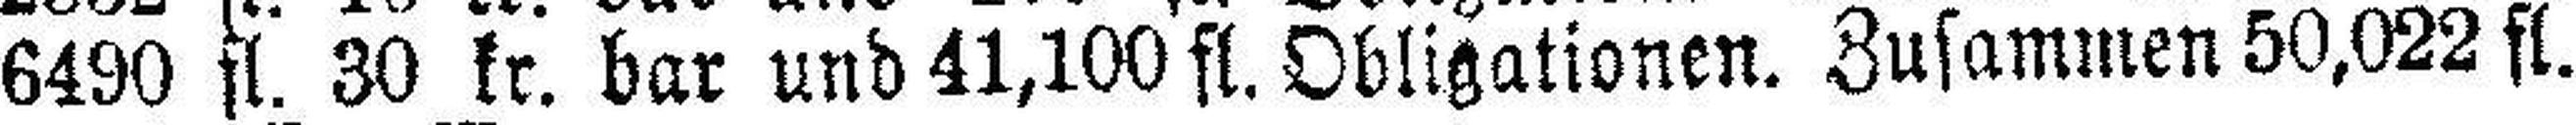
6490 fl. 30 kr. bar und 41,100 fl. Obligationen. Zusammen 50,022 fl.